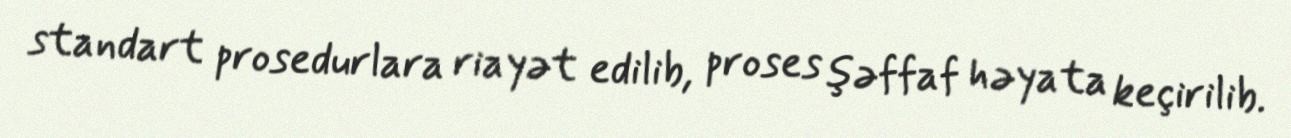
standart prosedurlara riayət edilib, proses şəffaf həyata keçirilib.